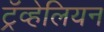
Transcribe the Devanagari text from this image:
ट्रॅव्हेलियन